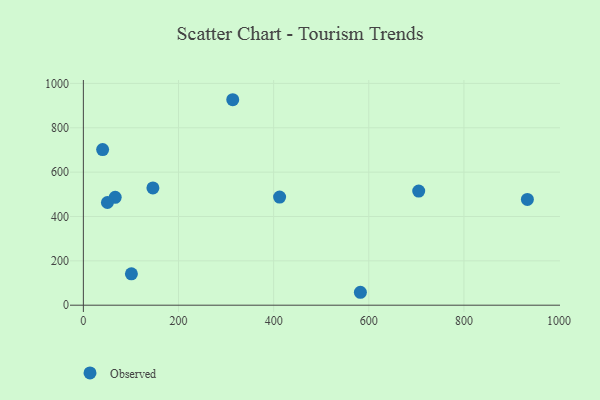
{"axis": {"x": "Study Hours", "y": "Yield"}, "legend": ["Observed"], "data": [{"x": "412.5", "y": 487.6, "type": "Observed"}, {"x": "66.9", "y": 486.5, "type": "Observed"}, {"x": "704.9", "y": 514.5, "type": "Observed"}, {"x": "582.3", "y": 58.3, "type": "Observed"}, {"x": "146.2", "y": 528.8, "type": "Observed"}, {"x": "933.3", "y": 476.9, "type": "Observed"}, {"x": "40.5", "y": 701.8, "type": "Observed"}, {"x": "101.0", "y": 141.5, "type": "Observed"}, {"x": "50.6", "y": 463.2, "type": "Observed"}, {"x": "314.0", "y": 926.5, "type": "Observed"}]}